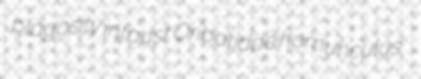
plagosity infaust Oribatidae homunculus